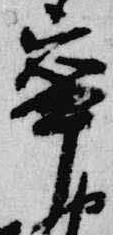
寧